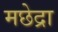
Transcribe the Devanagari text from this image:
मछेद्रा